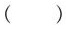
( )